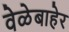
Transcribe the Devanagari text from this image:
वेळेबाहेर